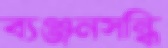
ব্যঞ্জনসন্ধি